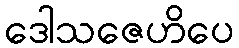
ဒေါသဇေဟိပေ